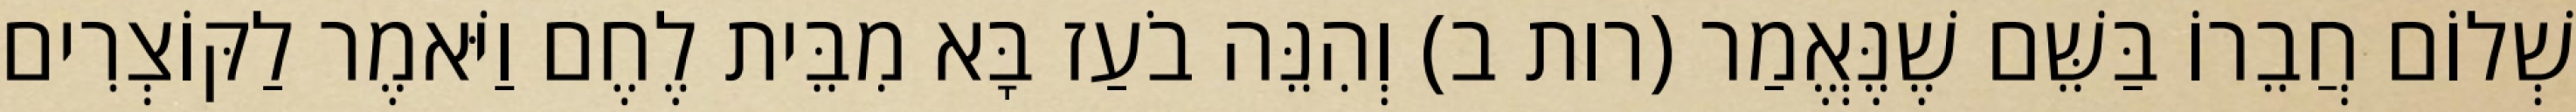
שְׁלוֹם חֲבֵרוֹ בַּשֵּׁם שֶׁנֶּאֱמַר (רות ב) וְהִנֵּה בֹעַז בָּא מִבֵּית לֶחֶם וַיֹּאמֶר לַקּוֹצְרִים